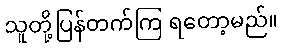
သူတို့ပြန်တက်ကြ ရတော့မည်။